Civil Veterinary Department Bihar & Orissa reports 1922-29 - 1922-1929
Year: 1922
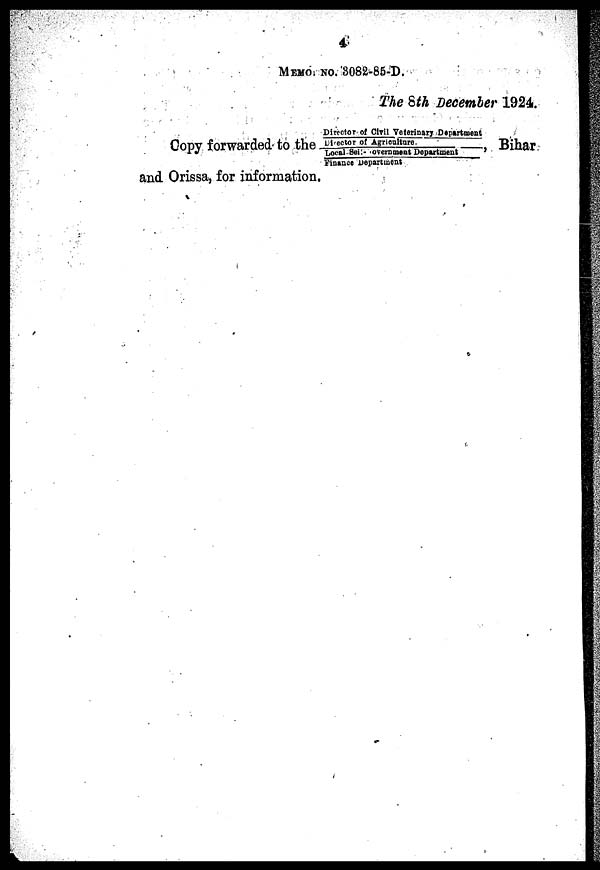
4
MEMO NO. 3082-85-D.
The 8th December 1924.
Director of Civil Veterinary Department
Copy forwarded to the Director of the Agriculture , Bihar
Local Sei:- overnment Department
Finance department
and Orissa, for information.